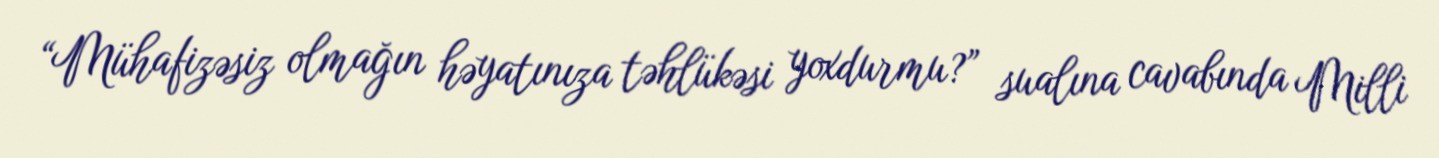
“Mühafizəsiz olmağın həyatınıza təhlükəsi yoxdurmu?” sualına cavabında Milli